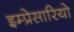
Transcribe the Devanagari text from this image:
इम्प्रेसारियो